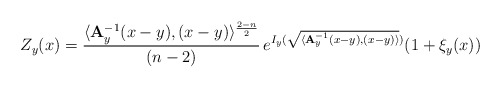
\begin{align*}Z_y(x)=\frac{\langle {\bf A}_y^{-1}(x-y),(x-y)\rangle^{\frac{2-n}{2}}}{(n-2)}\,e^{I_y(\sqrt{\langle{\bf A}_y^{-1}(x-y),(x-y)\rangle})}(1+\xi_y(x))\end{align*}